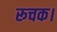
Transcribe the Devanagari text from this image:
रूचक।